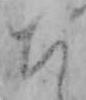
ち